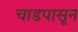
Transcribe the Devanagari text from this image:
चाडपासून